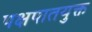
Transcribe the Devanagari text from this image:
पक्षपातयुक्त